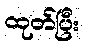
ထုတ်ပြီး